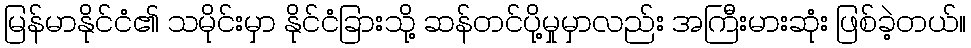
မြန်မာနိုင်ငံ၏ သမိုင်းမှာ နိုင်ငံခြားသို့ ဆန်တင်ပို့မှုမှာလည်း အကြီးမားဆုံး ဖြစ်ခဲ့တယ်။